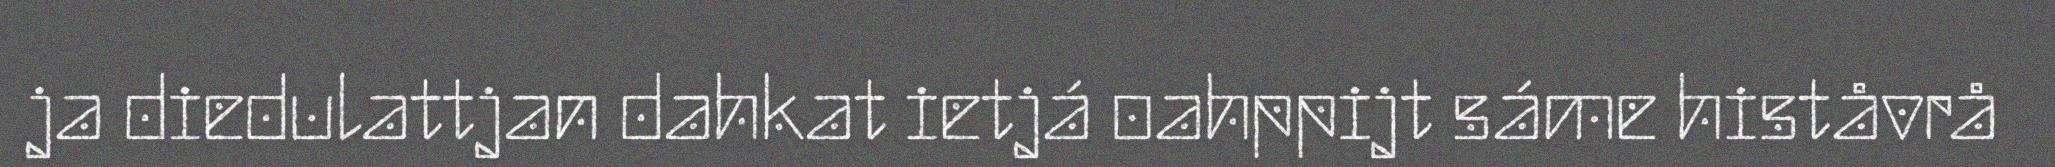
ja diedulattjan dahkat ietjá oahppijt sáme histåvrå